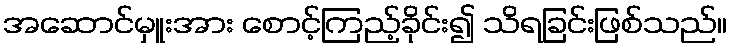
အဆောင်မှူးအား စောင့်ကြည့်ခိုင်း၍ သိရခြင်းဖြစ်သည်။